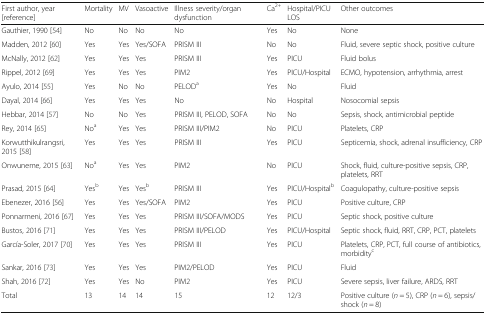
<table><thead><tr><td><b>First author, year [reference]</b></td><td><b>Mortality</b></td><td><b>MV</b></td><td><b>Vasoactive</b></td><td><b>Illness severity/organ dysfunction</b></td><td><b>Ca<sup>2+</sup></b></td><td><b>Hospital/PICU LOS</b></td><td><b>Other outcomes</b></td></tr></thead><tbody><tr><td>Gauthier, 1990 [54]</td><td>No</td><td>No</td><td>No</td><td>No</td><td>Yes</td><td>No</td><td>None</td></tr><tr><td>Madden, 2012 [60]</td><td>Yes</td><td>Yes</td><td>Yes/SOFA</td><td>PRISM III</td><td>No</td><td>No</td><td>Fluid, severe septic shock, positive culture</td></tr><tr><td>McNally, 2012 [62]</td><td>Yes</td><td>Yes</td><td>Yes</td><td>PRISM III</td><td>Yes</td><td>PICU</td><td>Fluid bolus</td></tr><tr><td>Rippel, 2012 [69]</td><td>Yes</td><td>Yes</td><td>Yes</td><td>PIM2</td><td>Yes</td><td>PICU/Hospital</td><td>ECMO, hypotension, arrhythmia, arrest</td></tr><tr><td>Ayulo, 2014 [55]</td><td>Yes</td><td>No</td><td>No</td><td>PELOD<sup>a</sup></td><td>Yes</td><td>No</td><td>Fluid</td></tr><tr><td>Dayal, 2014 [66]</td><td>Yes</td><td>Yes</td><td>Yes</td><td>No</td><td>No</td><td>Hospital</td><td>Nosocomial sepsis</td></tr><tr><td>Hebbar, 2014 [57]</td><td>No</td><td>No</td><td>Yes</td><td>PRISM III, PELOD, SOFA</td><td>No</td><td>No</td><td>Sepsis, shock, antimicrobial peptide</td></tr><tr><td>Rey, 2014 [65]</td><td>No<sup>a</sup></td><td>Yes</td><td>Yes</td><td>PRISM III/PIM2</td><td>No</td><td>PICU</td><td>Platelets, CRP</td></tr><tr><td>Korwutthikulrangsri, 2015 [58]</td><td>Yes</td><td>Yes</td><td>Yes</td><td>PRISM III</td><td>Yes</td><td>PICU</td><td>Septicemia, shock, adrenal insufficiency, CRP</td></tr><tr><td>Onwuneme, 2015 [63]</td><td>No<sup>a</sup></td><td>Yes</td><td>Yes</td><td>PIM2</td><td>No</td><td>PICU</td><td>Shock, fluid, culture-positive sepsis, CRP, platelets, RRT</td></tr><tr><td>Prasad, 2015 [64]</td><td>Yes<sup>b</sup></td><td>Yes</td><td>Yes<sup>b</sup></td><td>PRISM III</td><td>Yes</td><td>PICU/Hospital<sup>b</sup></td><td>Coagulopathy, culture-positive sepsis</td></tr><tr><td>Ebenezer, 2016 [56]</td><td>Yes</td><td>Yes</td><td>Yes/SOFA</td><td>PIM2</td><td>Yes</td><td>PICU</td><td>Positive culture, CRP</td></tr><tr><td>Ponnarmeni, 2016 [67]</td><td>Yes</td><td>Yes</td><td>Yes</td><td>PRISM III/SOFA/MODS</td><td>Yes</td><td>PICU</td><td>Septic shock, positive culture</td></tr><tr><td>Bustos, 2016 [71]</td><td>Yes</td><td>Yes</td><td>Yes</td><td>PRISM III/PELOD</td><td>Yes</td><td>PICU/Hospital</td><td>Septic shock, fluid, RRT, CRP, PCT, platelets</td></tr><tr><td>García-Soler, 2017 [70]</td><td>Yes</td><td>Yes</td><td>Yes</td><td>PRISM III</td><td>Yes</td><td>PICU</td><td>Platelets, CRP, PCT, full course of antibiotics, morbidity<sup>c</sup></td></tr><tr><td>Sankar, 2016 [73]</td><td>Yes</td><td>Yes</td><td>Yes</td><td>PIM2/PELOD</td><td>Yes</td><td>PICU</td><td>Fluid</td></tr><tr><td>Shah, 2016 [72]</td><td>Yes</td><td>Yes</td><td>No</td><td>PIM2</td><td>Yes</td><td>PICU</td><td>Severe sepsis, liver failure, ARDS, RRT</td></tr><tr><td>Total</td><td>13</td><td>14</td><td>14</td><td>15</td><td>12</td><td>12/3</td><td>Positive culture (<i>n</i> = 5), CRP (<i>n</i> = 6), sepsis/shock (<i>n</i> = 8)</td></tr></tbody></table>